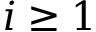
i \geq 1